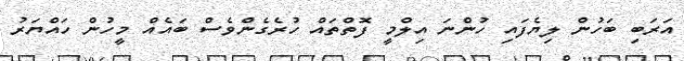
އަރަބި ބަހުން ލިޔެފައި ހުންނަ އިލްމީ ފޮތްތައް ހުރެގެންވެސް ބައެއް މީހުން ހައްޔަރު